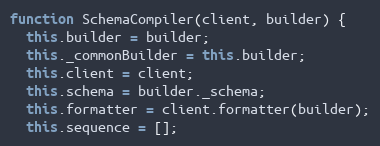
Language: JavaScript
function SchemaCompiler(client, builder) {
  this.builder = builder;
  this._commonBuilder = this.builder;
  this.client = client;
  this.schema = builder._schema;
  this.formatter = client.formatter(builder);
  this.sequence = [];